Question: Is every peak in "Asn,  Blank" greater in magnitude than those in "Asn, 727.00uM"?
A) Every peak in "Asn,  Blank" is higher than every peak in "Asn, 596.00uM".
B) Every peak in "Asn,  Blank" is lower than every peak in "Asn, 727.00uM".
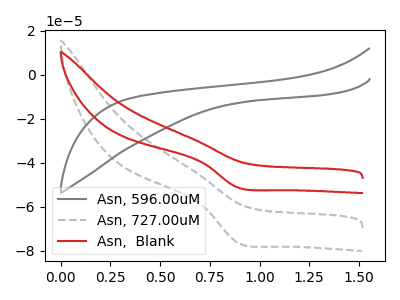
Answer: <think>The gray curve "Asn, 596.00uM" has no peaks. The gray dashed curve "Asn, 727.00uM" has a cathodic peak at: (0.90V, -76.20uA). The red curve "Asn,  Blank" has a cathodic peak at: (0.90V, -51.15uA).</think>
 <answer>B) Every peak in "Asn,  Blank" is lower than every peak in "Asn, 727.00uM".</answer>
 <eval>B</eval>